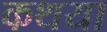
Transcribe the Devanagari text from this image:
कथया